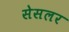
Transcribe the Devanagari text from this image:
सेसलर